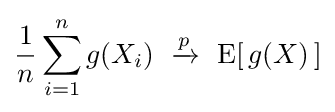
{\frac {1}{n}}\sum _{i=1}^{n}g(X_{i})\ \xrightarrow {p} \ \operatorname {E} [\,g(X)\,]